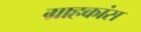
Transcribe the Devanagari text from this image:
ग्राहकांस